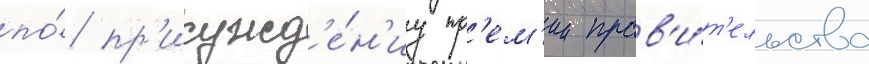
по́ пр'исужд'е́н'иу пр'ем'ии прав'и́т'ельства